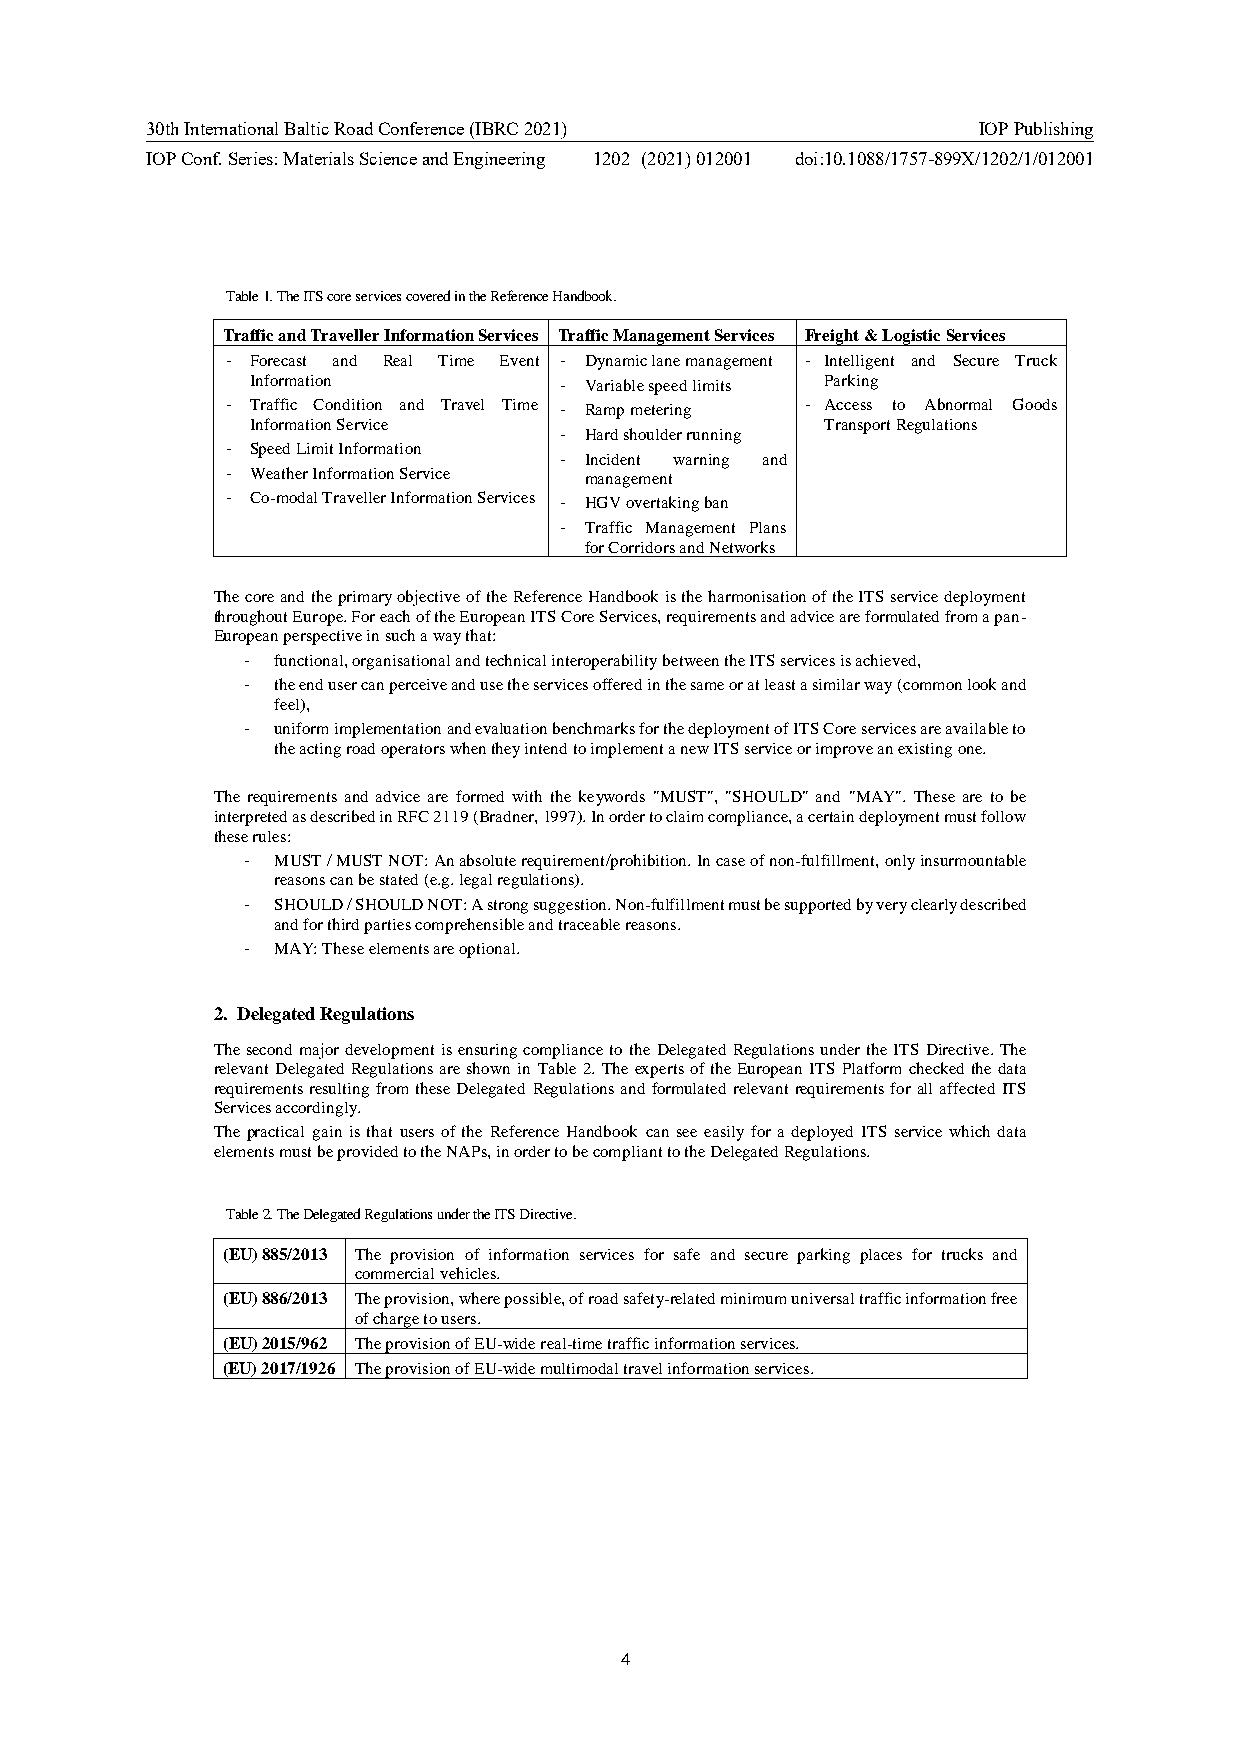
30th International Baltic Road Conference (IBRC 2021)  IOP Publishing
 IOP Conf. Series: Materials Science and Engineering 1202 (2021) 012001 doi:10.1088/1757-899X/1202/1/012001
 Table 1. The ITS core services covered in the Reference Handbook.
 Traffic and Traveller Information Services Traffic Management Services Freight & Logistic Services
 - Forecast and Real Time Event - Dynamic lane management - Intelligent and Secure Truck
 Information         - Variable speed limits Parking
 - Traffic Condition and Travel Time - Ramp metering - Access to Abnormal Goods
 Information Service                   Transport Regulations
 - Hard shoulder running
 - Speed Limit Information
 - Incident warning and
 - Weather Information Service management
 - Co-modal Traveller Information Services - HGV overtaking ban
 - Traffic Management Plans
 for Corridors and Networks
 The core and the primary objective of the Reference Handbook is the harmonisation of the ITS service deployment
 throughout Europe. For each of the European ITS Core Services, requirements and advice are formulated from a pan-
 European perspective in such a way that:
 - functional, organisational and technical interoperability between the ITS services is achieved,
 - the end user can perceive and use the services offered in the same or at least a similar way (common look and
 feel),
 - uniform implementation and evaluation benchmarks for the deployment of ITS Core services are available to
 the acting road operators when they intend to implement a new ITS service or improve an existing one.
 The requirements and advice are formed with the keywords "MUST", "SHOULD" and "MAY". These are to be
 interpreted as described in RFC 2119 (Bradner, 1997). In order to claim compliance, a certain deployment must follow
 these rules:
 - MUST / MUST NOT: An absolute requirement/prohibition. In case of non-fulfillment, only insurmountable
 reasons can be stated (e.g. legal regulations).
 - SHOULD / SHOULD NOT: A strong suggestion. Non-fulfillment must be supported by very clearly described
 and for third parties comprehensible and traceable reasons.
 - MAY: These elements are optional.
 2. Delegated Regulations
 The second major development is ensuring compliance to the Delegated Regulations under the ITS Directive. The
 relevant Delegated Regulations are shown in Table 2. The experts of the European ITS Platform checked the data
 requirements resulting from these Delegated Regulations and formulated relevant requirements for all affected ITS
 Services accordingly.
 The practical gain is that users of the Reference Handbook can see easily for a deployed ITS service which data
 elements must be provided to the NAPs, in order to be compliant to the Delegated Regulations.
 Table 2. The Delegated Regulations under the ITS Directive.
 (EU) 885/2013 The provision of information services for safe and secure parking places for trucks and
 commercial vehicles.
 (EU) 886/2013 The provision, where possible, of road safety-related minimum universal traffic information free
 of charge to users.
 (EU) 2015/962 The provision of EU-wide real-time traffic information services.
 (EU) 2017/1926 The provision of EU-wide multimodal travel information services.
 4